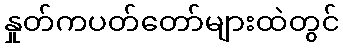
နှုတ်ကပတ်တော်များထဲတွင်